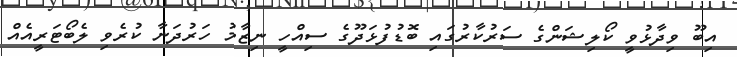
އިބޫ ވިދާޅުވީ ކޯލިޝަންގެ ސަރުކާރުގައި ބޮޑުފުޅަދޫގެ ސިއްހީ ނިޒާމު ހަރުދަނާ ކުރެވި ލެބޯޓަރީއެއް